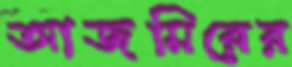
আজমিরের